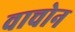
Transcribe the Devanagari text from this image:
वाचोन